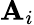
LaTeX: \mathbf{A}_{i}